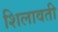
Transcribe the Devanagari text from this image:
शिलावती